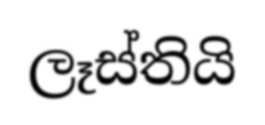
ලෑස්තියි